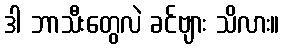
ဒါ ဘာသီးတွေလဲ ခင်ဗျား သိလား။